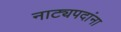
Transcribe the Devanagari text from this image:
नाट्यपदांना